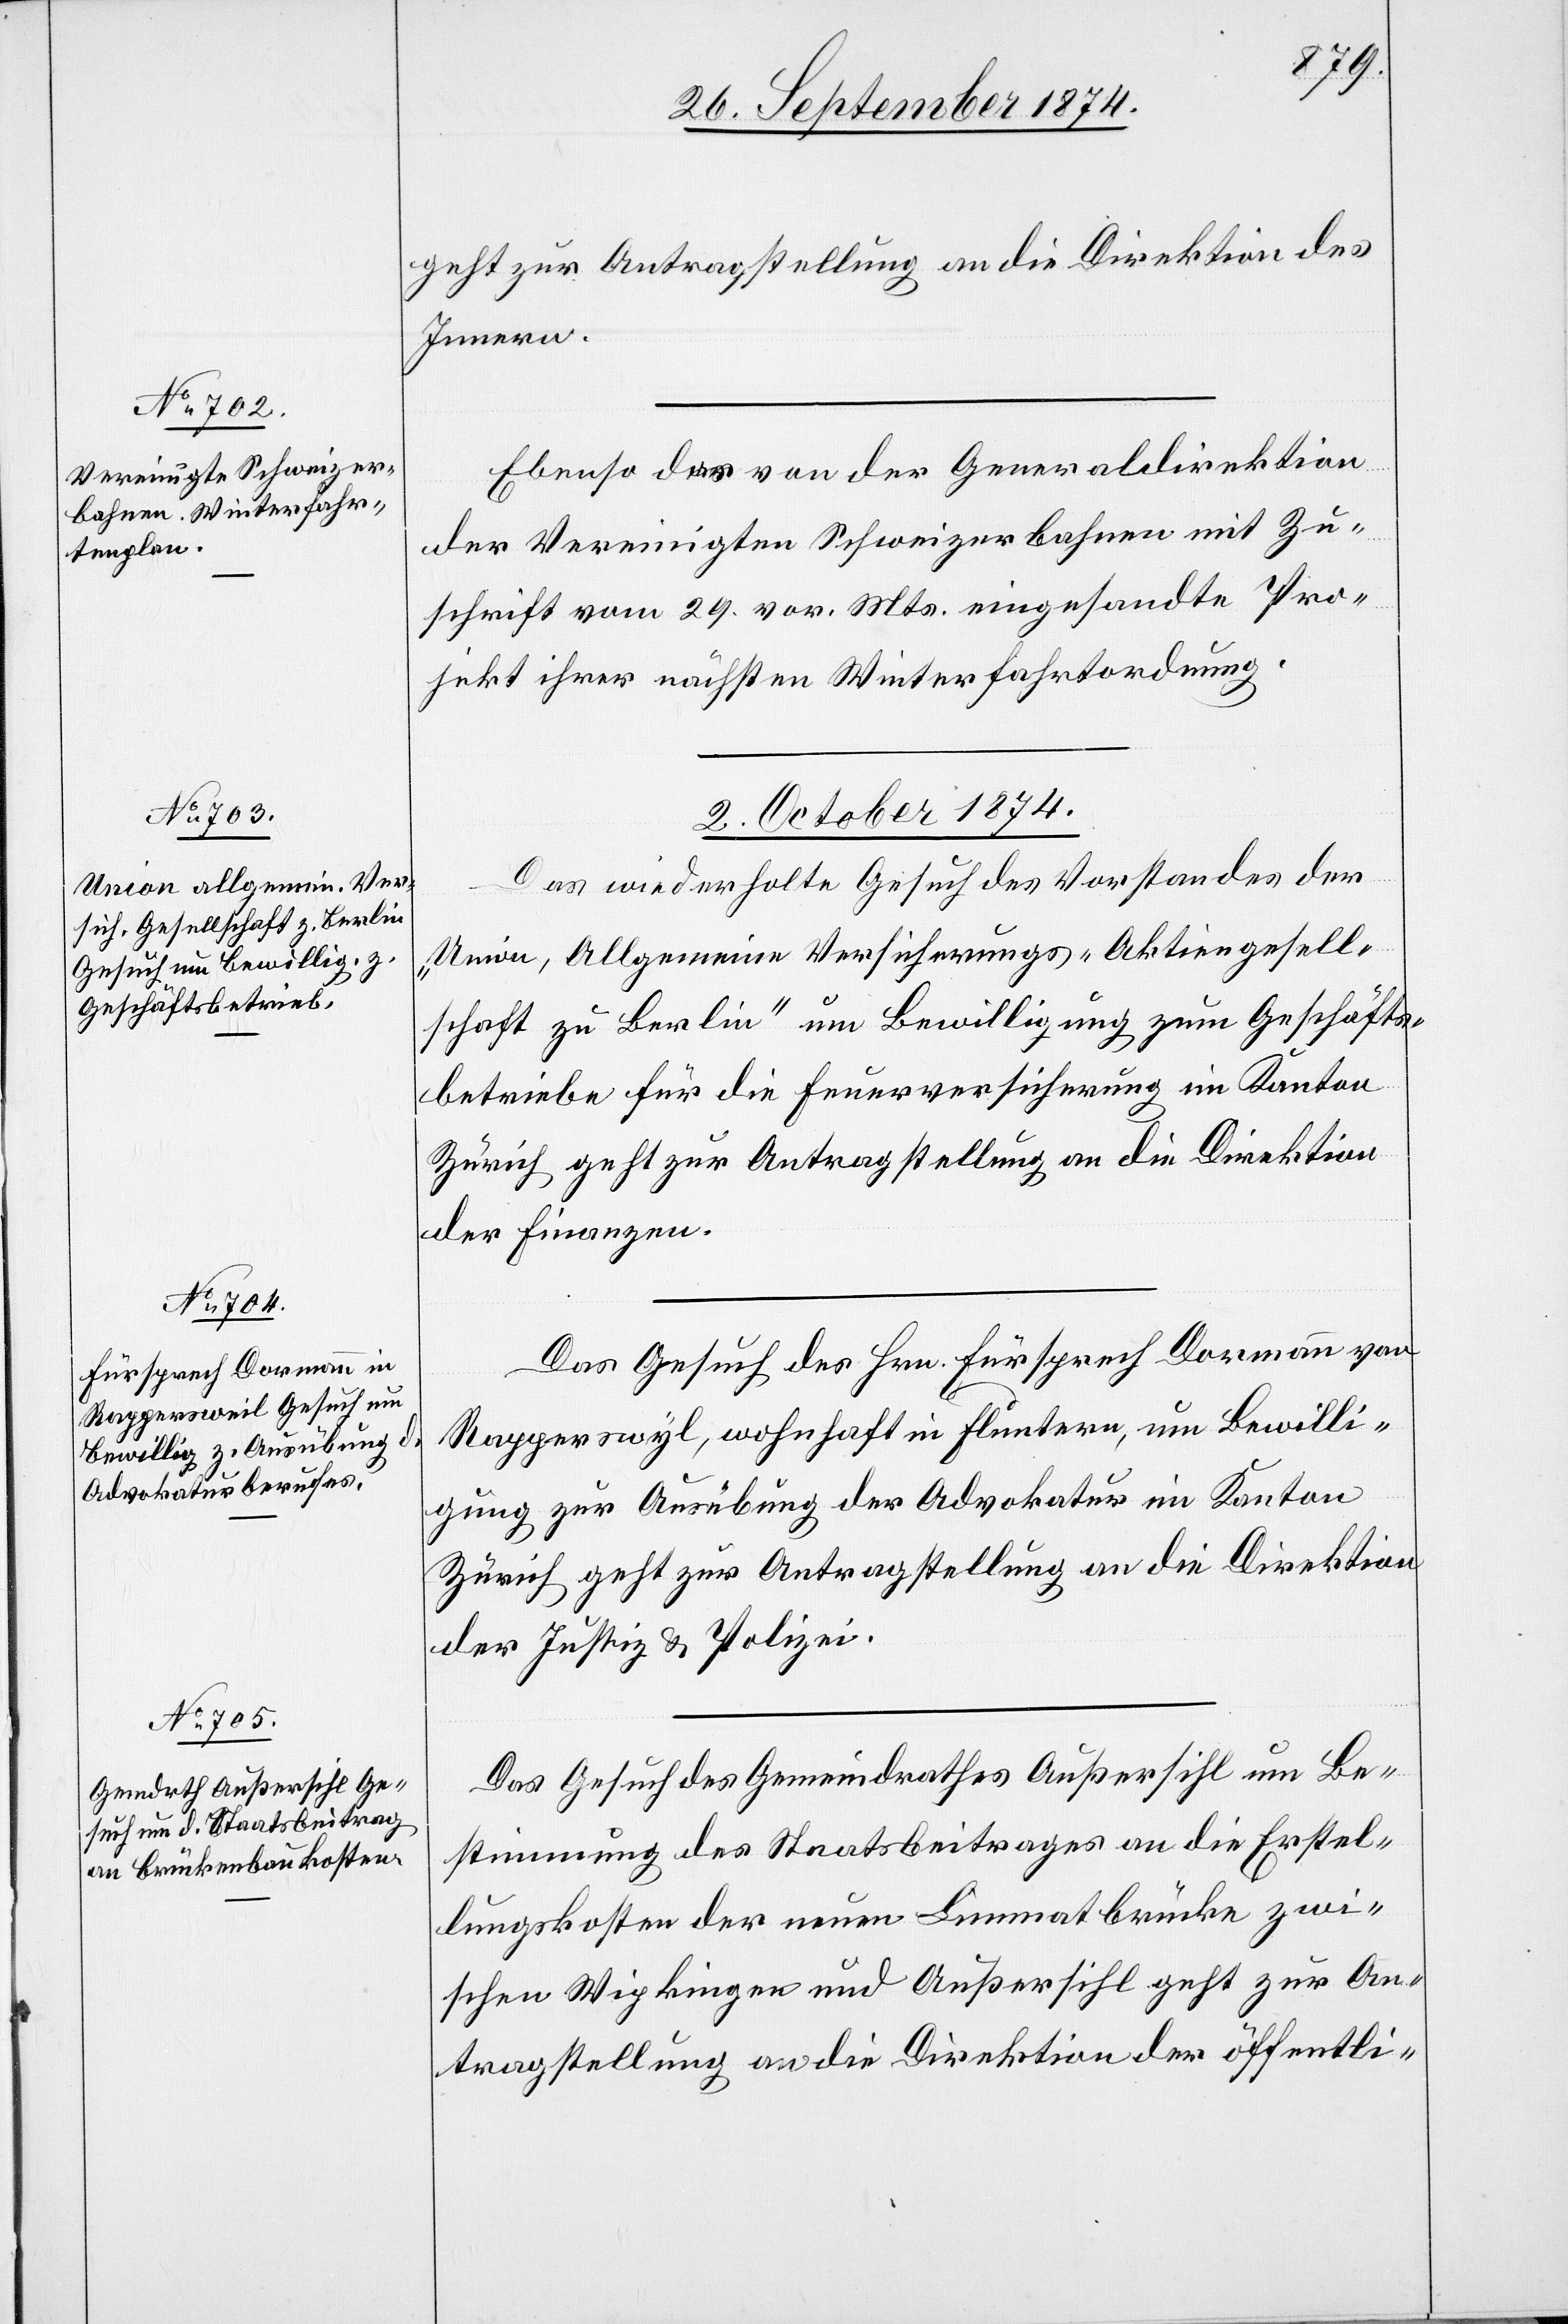
geht zur Antragstellung an die Direktion des
Innern.
Ebenso der von der Generaldirektion
der Vereinigten Schweizerbahnen mit Zu¬
schrift vom 29. vor. Mts. eingesandte Pro¬
jekt ihrer nächsten Winterfahrtordnung.
2. October 1874.]
Das wiederholte Gesuch des Vorstandes der
„Union, Allgemeine Versicherungs-Aktiengesell¬
schaft zu Berlin“ um Bewilligung zum Geschäfts¬
betriebe für die Feuerversicherung im Kanton
Zürich geht zur Antragstellung an die Direktion
der Finanzen.
Das Gesuch des Hrn. Fürsprech Dormann von
Rapperswyl [sic!], wohnhaft in Fluntern, um Bewilli¬
gung zur Ausübung der Advokatur im Kanton
Zürich geht zur Antragstellung an die Direktion
der Justiz & Polizei.
Das Gesuch des Gemeindrathes Außersihl um Be¬
stimmung des Staatsbeitrages an die Erstel¬
lungskosten der neuen Limmatbrücke zwi¬
schen Wipkingen und Außersihl geht zur An¬
tragstellung an die Direktion der öffentli-